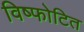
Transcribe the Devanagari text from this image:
विष्फोटित